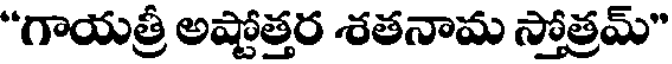
"గాయత్రీ అష్టోత్తర శతనామ స్తోత్రమ్"